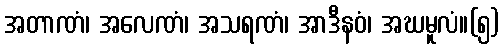
အတာဏံ၊ အလေဏံ၊ အသရဏံ၊ အာဒီနဝံ၊ အဃမူလံ။(၅)